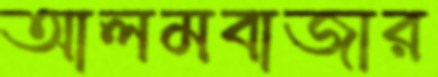
আলমবাজার